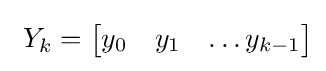
~Y_{k}={\begin{bmatrix}y_{0}&y_{1}&\ldots y_{k-1}\end{bmatrix}}